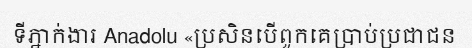
ទីភ្នាក់ងារ Anadolu «ប្រសិនបើពួកគេប្រាប់ប្រជាជន